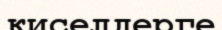
киселдерге